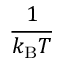
\frac { 1 } { k _ { \mathrm { B } } T }